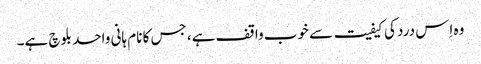
وہ اِس درد کی کیفیت سے خوب واقف ہے، جس کا نام ہانی واحد بلوچ ہے۔